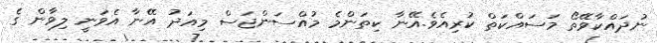
ނުދައްކާވޭތޯ މަސައްކަތް ކުރިއެވެ.އޭނާ ކިތަންމެ މުއްސަންޖަސް މިއަދު އޭނާ އެވަނީ ލިވާން ގެ